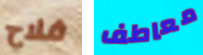
فلاح معاطف